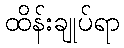
ထိန်းချုပ်ရာ